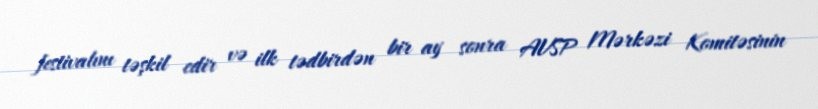
festivalını təşkil edir və ilk tədbirdən bir ay sonra AVSP Mərkəzi Komitəsinin